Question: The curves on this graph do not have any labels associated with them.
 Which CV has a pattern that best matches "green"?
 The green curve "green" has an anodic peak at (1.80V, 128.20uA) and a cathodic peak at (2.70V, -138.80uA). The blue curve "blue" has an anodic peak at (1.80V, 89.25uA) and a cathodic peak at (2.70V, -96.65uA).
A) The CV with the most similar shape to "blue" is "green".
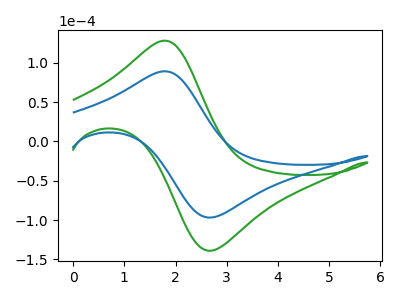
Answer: <think>All the peaks in "green" have a peak in "blue" at the same potential. Every peak in "green" is higher than every peak in "blue".
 </think>
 <answer>A) The CV with the most similar shape to "blue" is "green".</answer>
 <eval>A</eval>